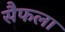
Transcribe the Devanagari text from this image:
सैफला